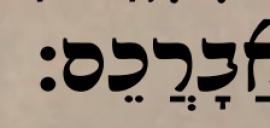
אֲבָרֲכֵם׃